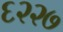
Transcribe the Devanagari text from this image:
६२२७